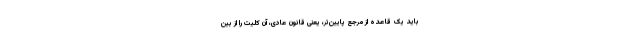
باید یک قاعده از مرجع پایین‌تر، یعنی قانون عادی، آن کلیت را از بین